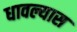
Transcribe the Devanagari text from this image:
धावल्यास